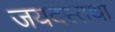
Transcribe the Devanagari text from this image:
जयदस्तथा